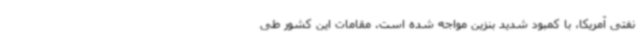
نفتی آمریکا، با کمبود شدید بنزین مواجه شده است. مقامات این کشور طی